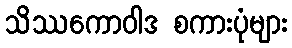
သိဿကောဝါဒ စကားပုံများ